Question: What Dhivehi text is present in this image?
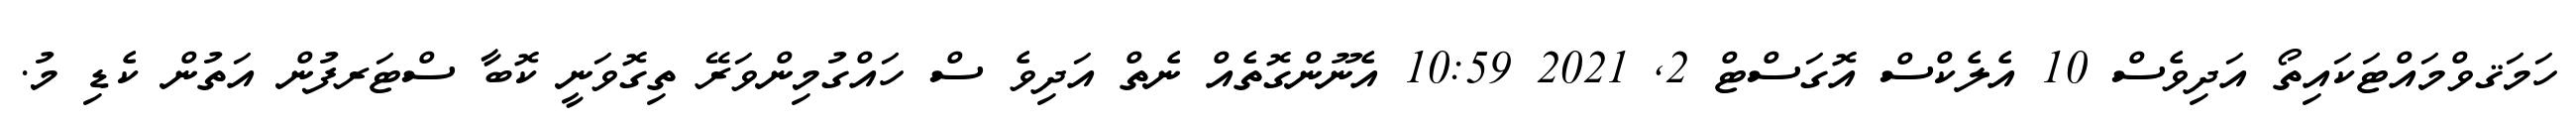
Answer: ހަމަޤވްމައްޓަކައިތޯ އަދިވެސް 10 އެލެކްސް އޮގަސްޓް 2, 2021 10:59 އެނޫންގޮތެއް ނެތް އަދިވެ ސް ހައްގުމިންވަރޭ ތިގޮވަނީ ކޮބާ ސްޓަރފުން އަތުން ކެޑި މު.